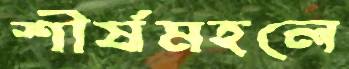
শীর্ষমহলে